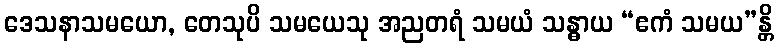
ဒေသနာသမယော, တေသုပိ သမယေသု အညတရံ သမယံ သန္ဓာယ “ဧကံ သမယ”န္တိ